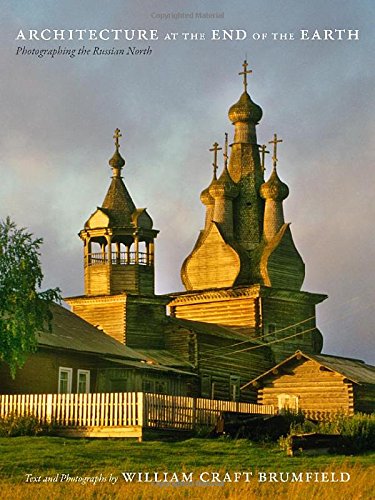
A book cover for Architecture at the End of the Earth: Photographing the Russian North; William Craft Brumfield; Arts & Photography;